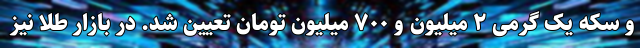
و سکه یک گرمی ۲ میلیون و ۷۰۰ میلیون تومان تعیین شد. در بازار طلا نیز